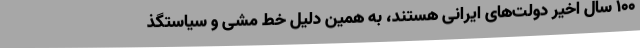
۱۰۰ سال اخیر دولت‌های ایرانی هستند، به همین دلیل خط مشی و سیاستگذ